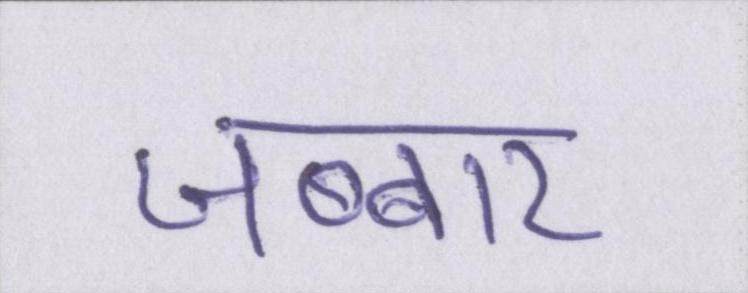
जब्बार